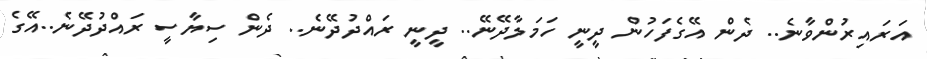
އަރައިރުންވާނެ.. ދެން އޭގެފަހުން ދީނީ ހަމަލާދޭނޭ.. ދީނީ ރައްދުދޭނެ.. ދެން ސިޔާސީ ރައްދުދޭނެ..އޭގެ